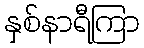
နှစ်နာရီကြာ